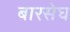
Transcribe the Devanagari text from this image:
बारसेघ